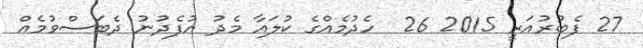
27 ފެބުރުއަރީ 2015 26  ހެދުމެއްގެ ކުލައާ މެދު އުފެދުނު ދެބަސްވުމެއް